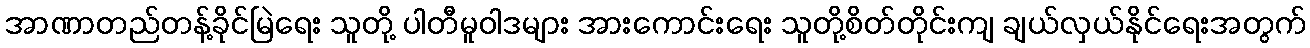
အာဏာတည်တန့်ခိုင်မြဲရေး သူတို့ ပါတီမူဝါဒများ အားကောင်းရေး သူတို့စိတ်တိုင်းကျ ချယ်လှယ်နိုင်ရေးအတွက်